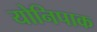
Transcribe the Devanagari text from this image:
योनिपाक